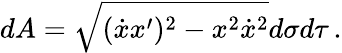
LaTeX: dA=\sqrt{(\dot{x}x^{\prime})^{2}-x^{2}\dot{x}^{2}}d\sigma d\tau\, .